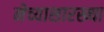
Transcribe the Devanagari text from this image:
नेच्यासारख्या